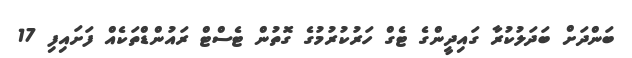
ބަންދަށް ބަދަލުކުރާ ގައިދީންގެ ޓެގް ހަރުކުރުމުގެ ގޮތުން ޓެސްޓް ރައުންޑްތަކެއް ފަށައިފި 17